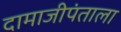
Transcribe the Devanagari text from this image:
दामाजीपंताला